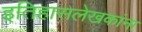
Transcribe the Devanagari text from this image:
इतिहासलेखकांना